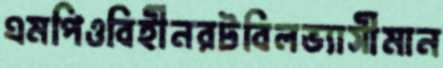
এমপিওবিহীনরটবিলভ্যাসীমান